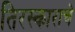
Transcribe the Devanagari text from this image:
तिरस्काराचे